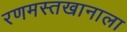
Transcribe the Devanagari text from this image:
रणमस्तखानाला